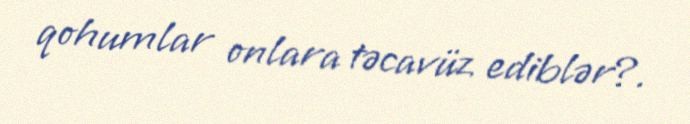
qohumlar onlara təcavüz ediblər?.